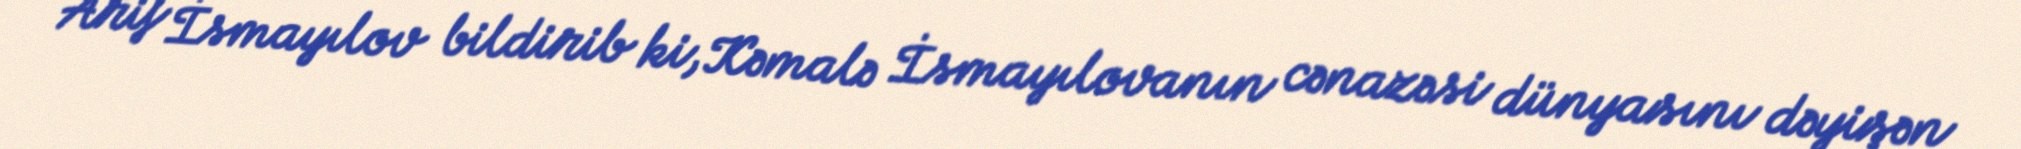
Arif İsmayılov bildirib ki, Kəmalə İsmayılovanın cənazəsi dünyasını dəyişən